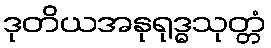
ဒုတိယအနုရုဒ္ဓသုတ္တံ